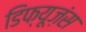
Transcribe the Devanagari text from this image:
डिफ्यूज़ंस